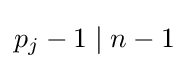
p_{j}-1\mid n-1